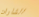
الشارات